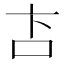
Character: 𬽅